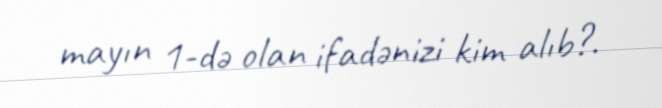
mayın 1-də olan ifadənizi kim alıb?.